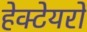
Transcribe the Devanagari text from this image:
हेक्टेयरों